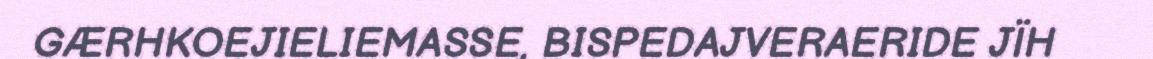
GÆRHKOEJIELIEMASSE, BISPEDAJVERAERIDE JÏH